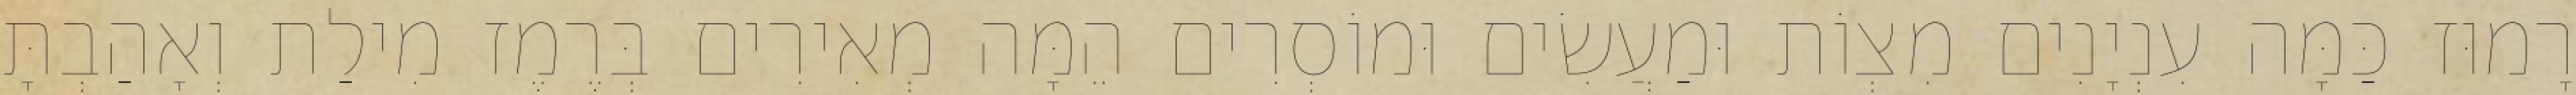
רָמוּז כַּמָּה עִנְיָנִים מִצְוֹת וּמַעֲשִׂים וּמוֹסְרִים הֵמָּה מְאִירִים בְּרֶמֶז מִילַת וְאָהַבְתָּ